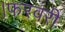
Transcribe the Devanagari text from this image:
।फरवरी